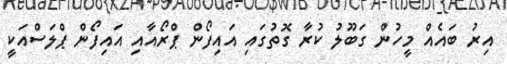
އިރު ބައެއް މީހުން ގަބޫލު ކުރާ ގޮތުގައި އައިފޯން ޕްރޯއާއި އައިފޯން ޕްލަސްއަކީ